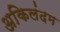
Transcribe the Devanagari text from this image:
अकिलंदम